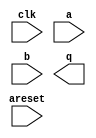
module float_dspmul (
		input  wire        clk,    //    clk.clk
		input  wire        areset, // areset.reset
		input  wire [31:0] a,      //      a.a
		input  wire [31:0] b,      //      b.b
		output wire [31:0] q       //      q.q
	);
endmodule